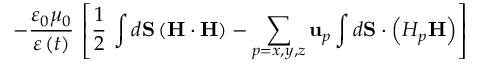
- \frac { \varepsilon _ { 0 } \mu _ { 0 } } { \varepsilon \left( t \right) } \, \left[ \frac { 1 } { 2 } \, \int d \mathbf { S } \left( \mathbf { H } \cdot \mathbf { H } \right) - \sum _ { p = x , y , z } \mathbf { u } _ { p } \int d \mathbf { S } \cdot \left( H _ { p } \mathbf { H } \right) \right]